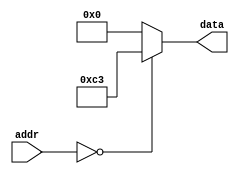
//**************************************************************************
//
//    Copyright (C) 2024  John Winans
//
//    This library is free software; you can redistribute it and/or
//    modify it under the terms of the GNU Lesser General Public
//    License as published by the Free Software Foundation; either
//    version 2.1 of the License, or (at your option) any later version.
//
//    This library is distributed in the hope that it will be useful,
//    but WITHOUT ANY WARRANTY; without even the implied warranty of
//    MERCHANTABILITY or FITNESS FOR A PARTICULAR PURPOSE.  See the GNU
//    Lesser General Public License for more details.
//
//    You should have received a copy of the GNU Lesser General Public
//    License along with this library; if not, write to the Free Software
//    Foundation, Inc., 51 Franklin Street, Fifth Floor, Boston, MA  02110-1301
//    USA
//
//**************************************************************************

// A simple ROM with an endless loop in it.

module boot_loop (
    input wire [8:0]    addr,
    output reg [7:0]    data
    );

    always @(*)
        case (addr)
        9'h00:  data = 8'hc3;       // JP 0x0000
        9'h01:  data = 8'h00;
        9'h02:  data = 8'h00;
        default:
            data = 0;
        endcase
endmodule

module boot_noref (
    input wire [8:0]    addr,
    output reg [7:0]    data
    );

    always @(*)
        case (addr)
        9'h00:  data = 8'h3e;       // LD A,0
        9'h01:  data = 8'h00;
        9'h02:  data = 8'hed;       // OUT0 (0x36),A (shut off refresh)
        9'h03:  data = 8'h39; 
        9'h04:  data = 8'h36;
        9'h05:  data = 8'hc3;       // JP 0x0005
        9'h06:  data = 8'h05;
        9'h07:  data = 8'h00;
        default:
            data = 0;
        endcase
endmodule

module boot_noref_nowait (
    input wire [8:0]    addr,
    output reg [7:0]    data
    );

    always @(*)
        case (addr)
        9'h00:  data = 8'h3e;       // LD A,0
        9'h01:  data = 8'h00;
        9'h02:  data = 8'hed;       // OUT0 (0x36),A (shut off refresh)
        9'h03:  data = 8'h39; 
        9'h04:  data = 8'h36;
        9'h05:  data = 8'hed;       // OUT0 (0x32),A (shut off wait-state generator)
        9'h06:  data = 8'h39;
        9'h07:  data = 8'h32;
        9'h08:  data = 8'hc3;       // JP 0x0008
        9'h09:  data = 8'h08;
        9'h0a:  data = 8'h00;
        default:
            data = 0;
        endcase
endmodule